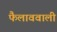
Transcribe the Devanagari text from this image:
फैलाववाली